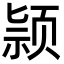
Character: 颕